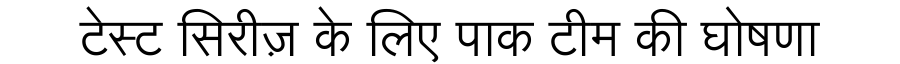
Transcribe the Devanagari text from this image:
टेस्ट सिरीज़ के लिए पाक टीम की घोषणा